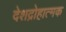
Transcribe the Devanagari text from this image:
देशद्रोहात्मक